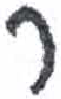
אות: ר